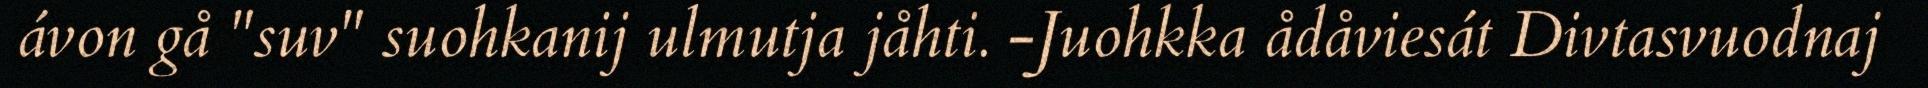
ávon gå "suv" suohkanij ulmutja jåhti. -Juohkka ådåviesát Divtasvuodnaj